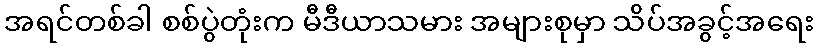
အရင်တစ်ခါ စစ်ပွဲတုံးက မီဒီယာသမား အများစုမှာ သိပ်အခွင့်အရေး